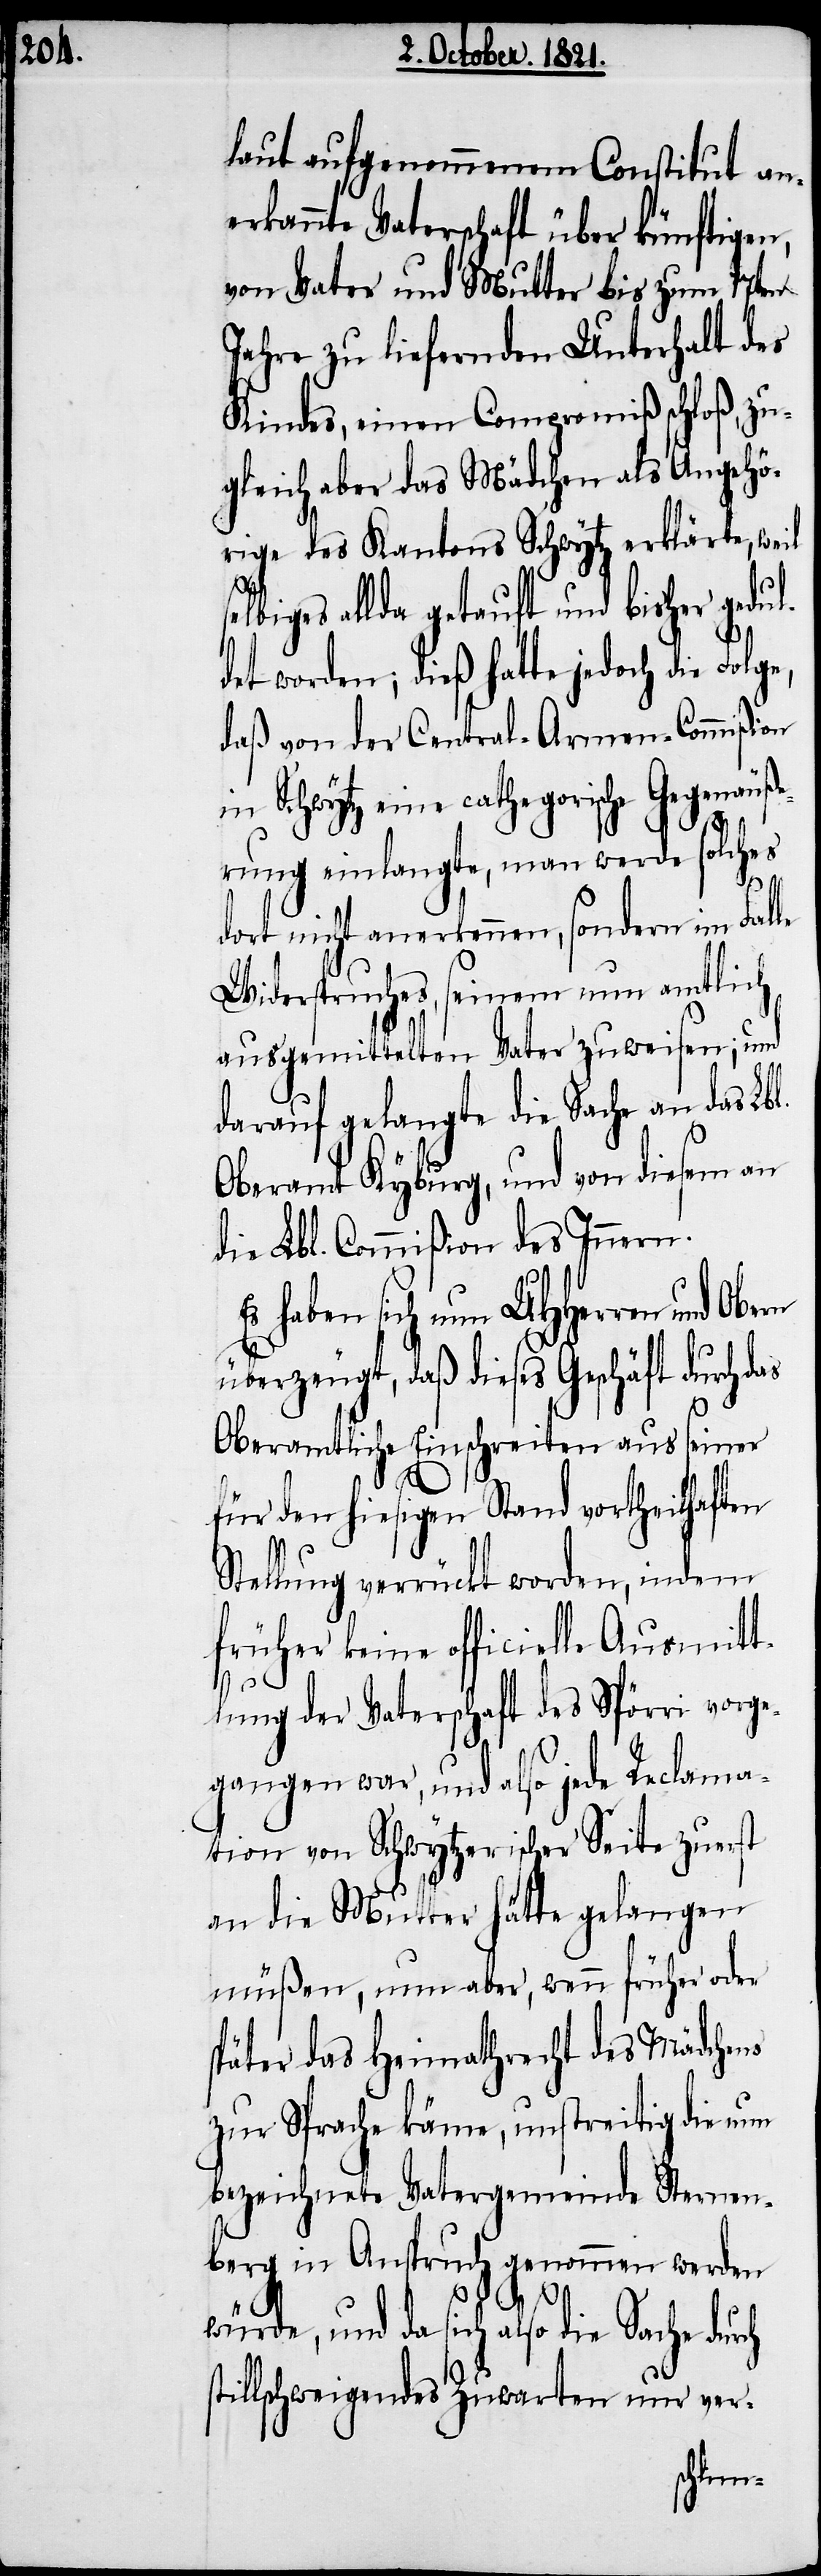
laut aufgenommenen Constitut an¬
erkannte Vaterschaft über künftigen,
von Vater und Mutter bis zum 17ten
Jahre zu liefernden Unterhalt des
Kindes, einen Compromiß schloß, zu¬
gleich aber das Mädchen als Angehö¬
rige des Kantons Schwytz erklärte, weil
elbiges allda getauft und bisher gedul¬
det worden; dieß hatte jedoch die Folg¬
daß von der Central-Armen-Commißion
in Schwytz eine cathegorische Gegenäuße¬
rung einlangte, man werde solches
dort nicht anerkennen, sondern im Falle
Widerspruches, seinem nun amtlich
ausgemittelten Vater zuweisen; und
darauf gelangte die Sache an das Lb¬
Oberamt Kyburg, und von diesem an
die Lbl. Commißion des Innern.
haben sich nun UHHerren und
überzeugt, daß dieses Geschäft durch das
Oberamtliche Einschreiten aus seiner
für den hiesigen Stand vortheilhaften
Stellung verrückt worden, indem
früher keine officielle Ausmitt¬
lung der Vaterschaft des Spörri vorge¬
gangen war, und also jede Reclama¬
tion von Schwytzerischer Seite zuerst
an die Mutter hätte gelangen
müßen, nun aber, wenn früher oder
später das Heimathrecht des Mädchens
zur Sprache käme, unstreitig die nun
bezeichnete Vatergemeinde Sternen¬
berg in Anspruch genommen werden
l.
würde, und da sich also die Sache dur¬
illschweigendes Zuwarten nur ver-
ch st¬